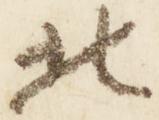
北